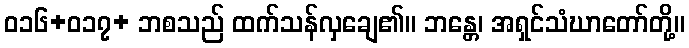
ဝ၁၆+ဝ၁၇+ ဘစသည် ထက်သန်လှချေ၏။ ဘန္တေ၊ အရှင်သံဃာတော်တို့။